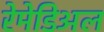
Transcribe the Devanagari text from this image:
रेमेडिअल